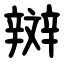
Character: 辬